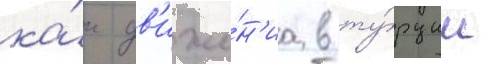
ка́к дв'иже́н'иа в ту́рции